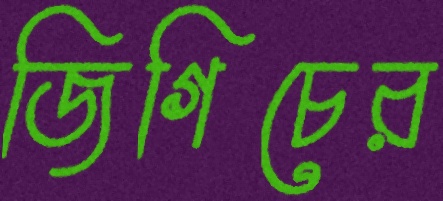
জিগিচের